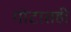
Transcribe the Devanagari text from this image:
गोटातही